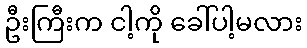
ဦးကြီးက ငါ့ကို ခေါ်ပါ့မလား